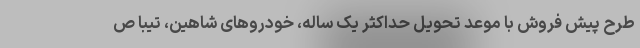
طرح پیش فروش با موعد تحویل حداکثر یک ساله، خودروهای شاهین، تیبا ص